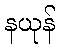
နယုန်